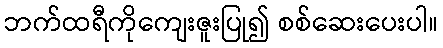
ဘက်ထရီကိုကျေးဇူးပြု၍ စစ်ဆေးပေးပါ။